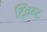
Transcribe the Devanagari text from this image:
ट्विग्ट